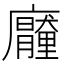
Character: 𭚐